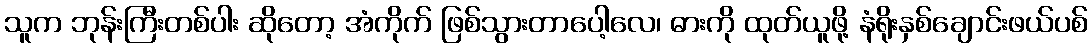
သူက ဘုန်းကြီးတစ်ပါး ဆိုတော့ အံကိုက် ဖြစ်သွားတာပေါ့လေ၊ ဓားကို ထုတ်ယူဖို့ နံရိုးနှစ်ချောင်းဖယ်ပစ်